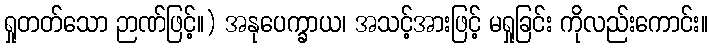
ရှုတတ်သော ဉာဏ်ဖြင့်။) အနုပေက္ခာယ၊ အသင့်အားဖြင့် မရှုခြင်း ကိုလည်းကောင်း။